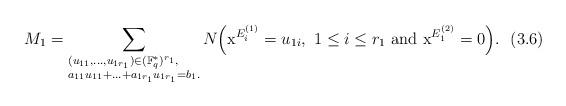
LaTeX: \begin{align*}&M_1=\sum_{\begin{subarray}{I}(u_{11},...,u_{1r_1})\in (\mathbb{F}_q^*)^{r_1},\\a_{11}u_{11}+...+a_{1r_1}u_{1r_1}=b_1.\end{subarray}}N\Big(\mathrm{x}^{E^{(1)}_i}=u_{1i},\ 1\leq i\leq r_1\ {\rm and}\ \mathrm{x}^{E^{(2)}_1}=0\Big). \ \ (3.6)\end{align*}